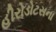
હીરોડોટસના